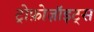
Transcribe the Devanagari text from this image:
ट्रोफ़ोज़ॉइट्स